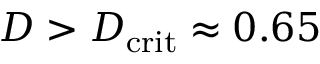
D > D _ { \mathrm { c r i t } } \approx 0 . 6 5